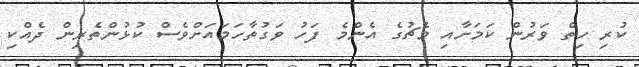
ކުރި ހިތް ވަރުން ކަމަށާއި މެޗުގެ އެންމެ ފަހު ވަގުތާހަމައަށްވެސް ކުޅުންތެރިން ދެއްކި